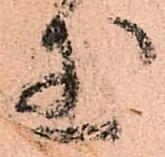
玉